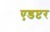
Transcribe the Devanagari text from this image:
एडप्टर